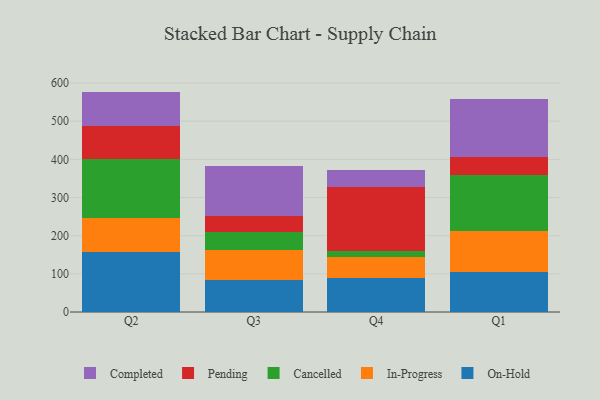
{"axis": {"x": "Quarter", "y": "Humidity (%)"}, "legend": ["Cancelled", "Completed", "In-Progress", "On-Hold", "Pending"], "data": [{"x": "Q2", "y": 157.1, "type": "On-Hold"}, {"x": "Q2", "y": 88.4, "type": "In-Progress"}, {"x": "Q2", "y": 156.0, "type": "Cancelled"}, {"x": "Q2", "y": 85.5, "type": "Pending"}, {"x": "Q2", "y": 90.5, "type": "Completed"}, {"x": "Q3", "y": 85.1, "type": "On-Hold"}, {"x": "Q3", "y": 76.9, "type": "In-Progress"}, {"x": "Q3", "y": 47.9, "type": "Cancelled"}, {"x": "Q3", "y": 41.4, "type": "Pending"}, {"x": "Q3", "y": 130.6, "type": "Completed"}, {"x": "Q4", "y": 87.8, "type": "On-Hold"}, {"x": "Q4", "y": 56.8, "type": "In-Progress"}, {"x": "Q4", "y": 15.6, "type": "Cancelled"}, {"x": "Q4", "y": 166.6, "type": "Pending"}, {"x": "Q4", "y": 46.1, "type": "Completed"}, {"x": "Q1", "y": 104.3, "type": "On-Hold"}, {"x": "Q1", "y": 108.4, "type": "In-Progress"}, {"x": "Q1", "y": 147.2, "type": "Cancelled"}, {"x": "Q1", "y": 46.4, "type": "Pending"}, {"x": "Q1", "y": 152.1, "type": "Completed"}]}